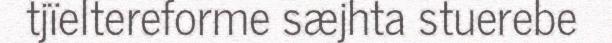
tjïeltereforme sæjhta stuerebe